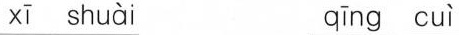
xī shuài qīng cuì